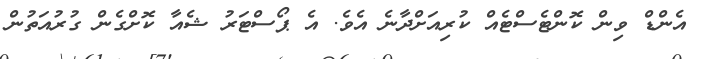
އެންޑް ވިން ކޮންޓެސްޓެއް ކުރިއަށްދާނެ އެވެ. އެ ޕޯސްޓަރު ޝެއާ ކޮށްގެން ގުރުއަތުން